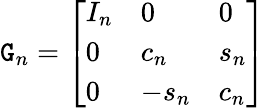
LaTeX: \mathtt{G}_{n}={\left[\begin{array}{lll}{I_{n}}&{0}&{0}\\ {0}&{c_{n}}&{s_{n}}\\ {0}&{-s_{n}}&{c_{n}}\end{array}\right]}